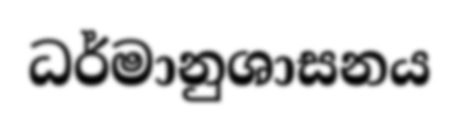
ධර්මානුශාසනය